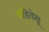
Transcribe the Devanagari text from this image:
वडिवेसू